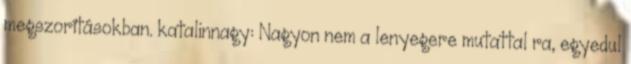
megszorításokban. katalinnagy: Nagyon nem a lenyegere mutattal ra, egyedul